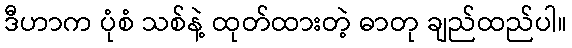
ဒီဟာက ပုံစံ သစ်နဲ့ ထုတ်ထားတဲ့ ဓာတု ချည်ထည်ပါ။